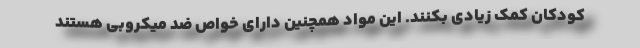
کودکان کمک زیادی بکنند. این مواد همچنین دارای خواص ضد میکروبی هستند